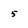
Character: 5